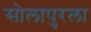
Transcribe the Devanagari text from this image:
सोलापुरला